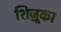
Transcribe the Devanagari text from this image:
शिज़ूका